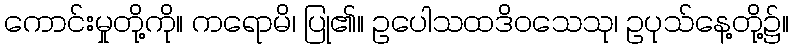
ကောင်းမှုတို့ကို။ ကရောမိ၊ ပြု၏။ ဥပေါသထဒိဝသေသု၊ ဥပုသ်နေ့တို့၌။